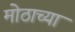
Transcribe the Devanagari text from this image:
मोठाच्या